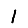
Digit: 1